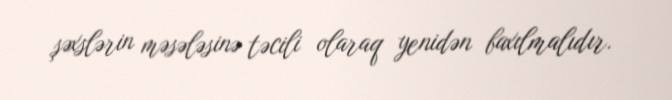
şəxslərin məsələsinə təcili olaraq yenidən baxılmalıdır.